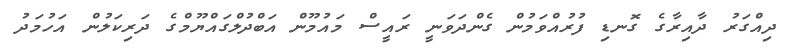
ދިއްގަރު ދާއިރާގެ ގޮނޑި ފުރުއްވަމުން ގެންދަވަނީ ރައީސް މައުމޫން އަބްދުލްގައްޔޫމްގެ ދަރިކަލުން އަހުމަދު